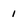
Character: i